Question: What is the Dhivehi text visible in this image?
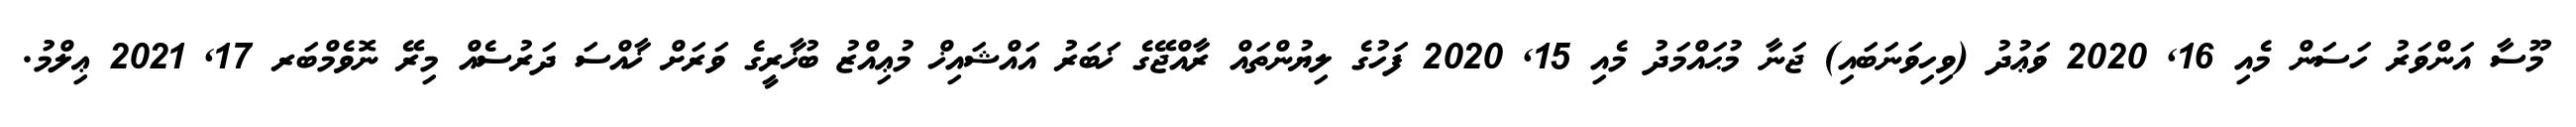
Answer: މޫސާ އަންވަރު ހަސަން މެއި 16, 2020 ވަޢުދު (ވިހިވަނަބައި) ޖަނާ މުޙައްމަދު މެއި 15, 2020 ފަހުގެ ލިޔުންތައް ރާއްޖޭގެ ޚަބަރު އައްޝައިޚް މުޢިއްޒު ބުޚާރީގެ ވަރަށް ޚާއްސަ ދަރުސެއް މިރޭ ނޮވެމްބަރ 17, 2021 ޢިލްމު.